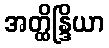
အတ္ထိန္ဒြိယာ